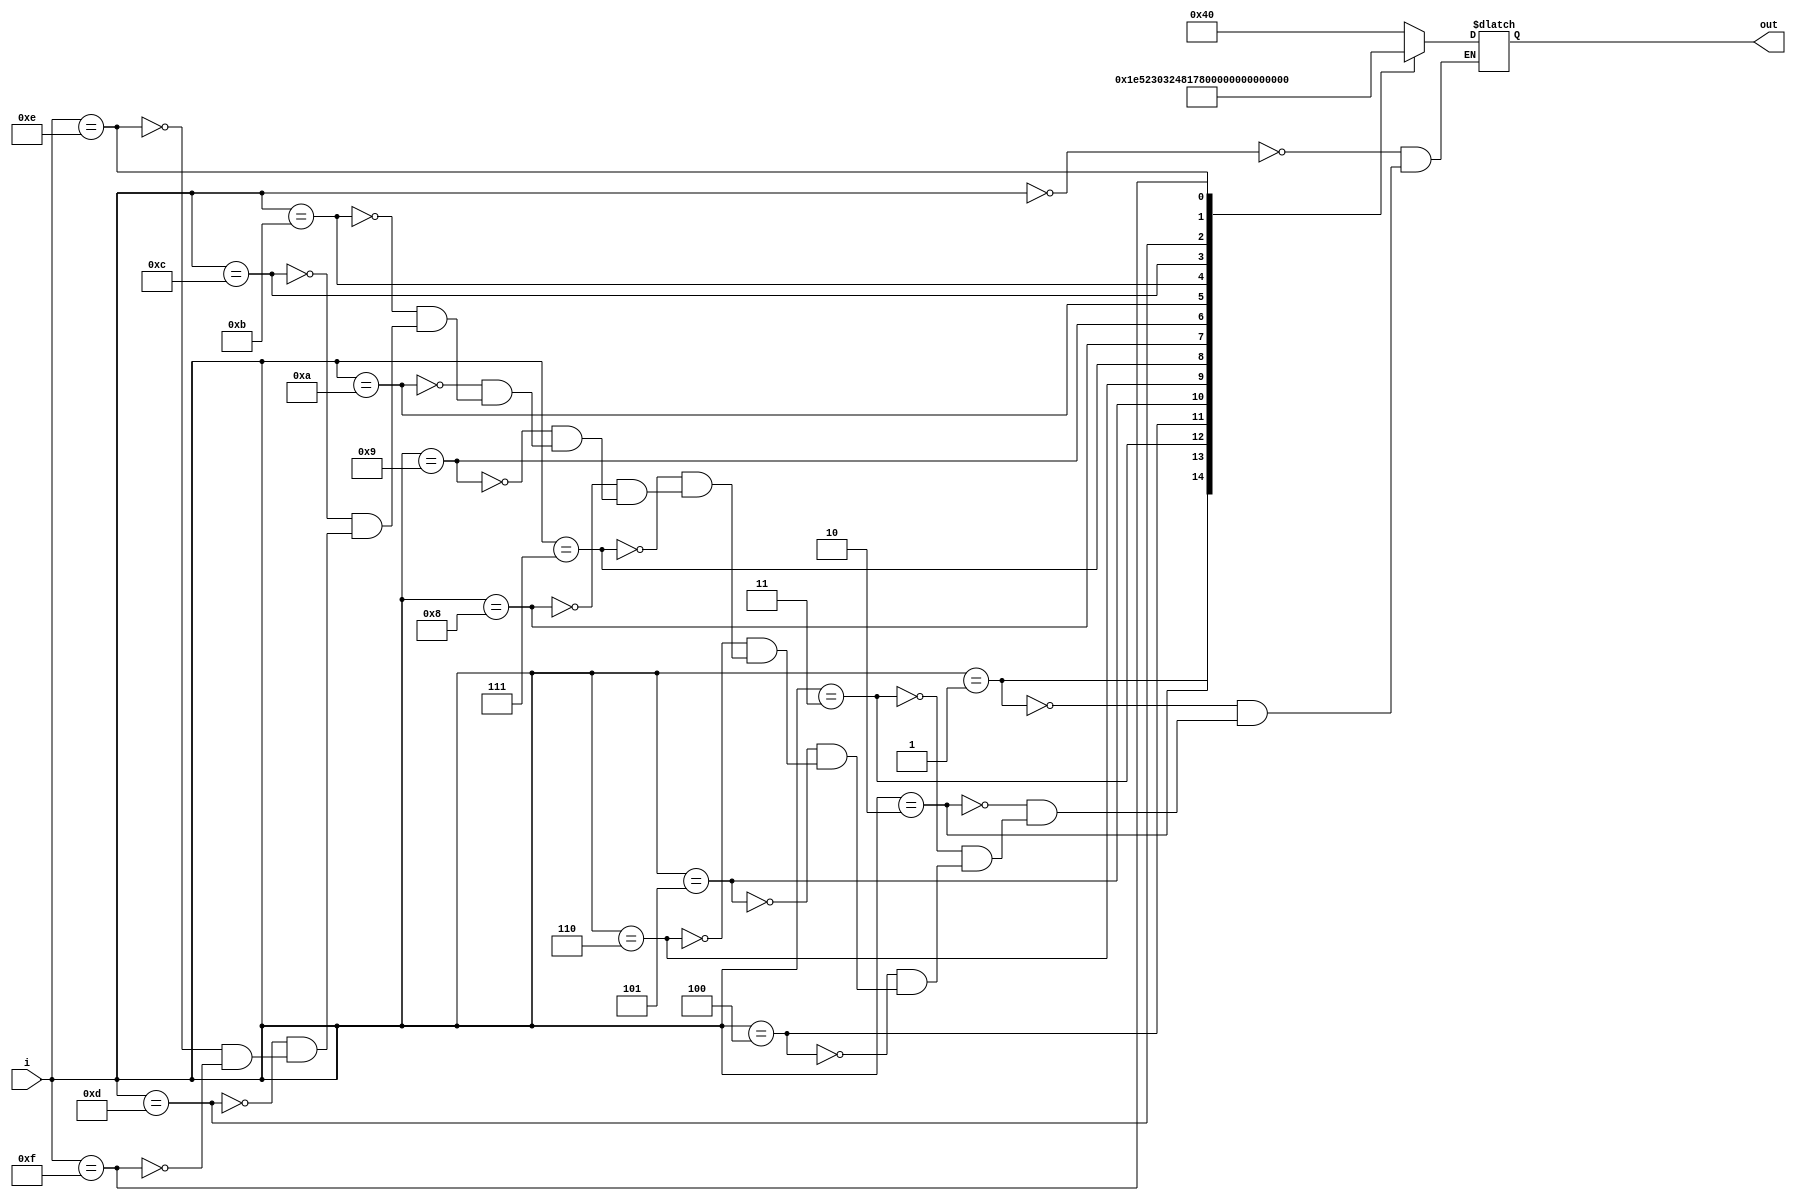
module seven_segment (
input [6:0]i,
output reg [6:0]out
);


// HEX out - rewire DE2
//  ---a---
// |       |
// f       b
// |       |
//  ---g---
// |       |
// e       c
// |       |
//  ---d---

always @(*)
begin
case(i)
		4'b0000:
			out = 7'b1000000; //0
		4'b0001:
			out = 7'b1111001; //1
		4'b0010:
			out = 7'b0100100; //2
		4'b0011:
			out = 7'b0110000; //3
		4'b0100:
			out = 7'b0011001; //4
		4'b0101:
			out = 7'b0010010; //5
		4'b0110:
			out = 7'b0000010; //6
		4'b0111:
			out = 7'b1111000; //7
		4'b1000:
			out = 7'b0000000; //8
		4'b1001:
			out = 7'b0011000; //9
		4'b1010:
			out = 7'b0001000; //A
		4'b1011:
			out = 7'b0000011; //B
		4'b1100:
			out = 7'b1000110; //C
		4'b1101:
			out = 7'b0100001; //D
		4'b1110:
			out = 7'b0000110; //E
		4'b1111:
			out = 7'b0001110; //F

	endcase
end

endmodule